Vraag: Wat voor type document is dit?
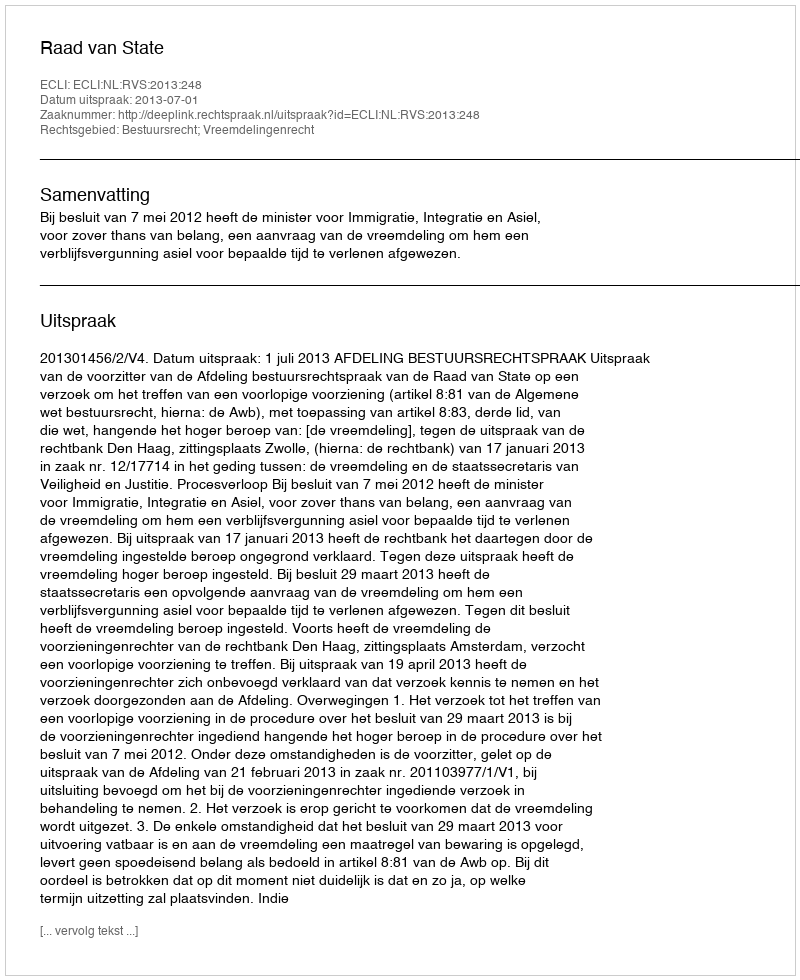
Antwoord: Uitspraak